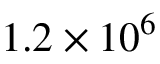
1 . 2 \times 1 0 ^ { 6 }